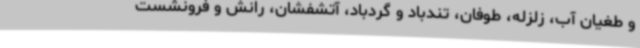
و طغیان آب، زلزله، طوفان، تندباد و گردباد، آتشفشان، رانش و فرونشست